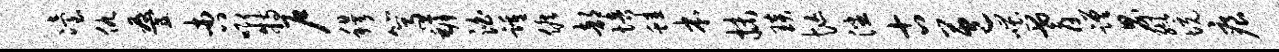
冶仇叠杏唧特户穆篙罅泊踵候部培蛙本抹琰忙潘古苞嗤耆蹉界缬境痕